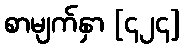
စာမျက်နှာ [၄၂၄]